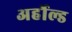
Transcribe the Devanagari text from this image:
अर्होल्ड